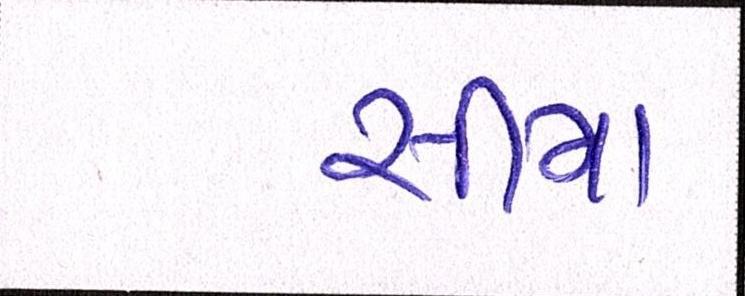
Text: સીમા